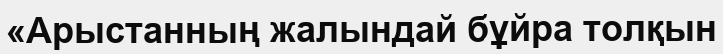
«Арыстанның жалындай бұйра толқын